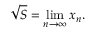
{ \sqrt { S } } = \operatorname* { l i m } _ { n \to \infty } x _ { n } .